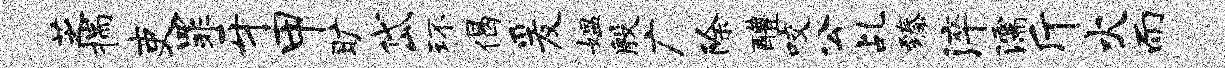
芝揣吏罪牙甲旷岱环偈爰媪殷广除醴咬公乩臻淬濡斤火而